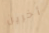
أخرين